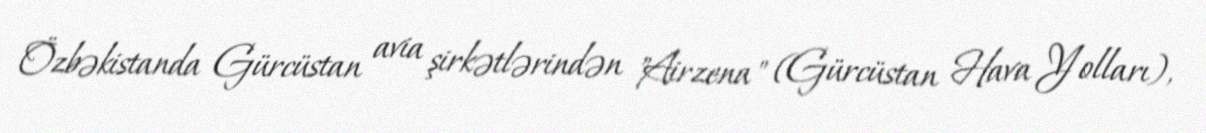
Özbəkistanda Gürcüstan avia şirkətlərindən "Airzena" (Gürcüstan Hava Yolları),